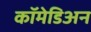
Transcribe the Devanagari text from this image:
कॉमेडिअन